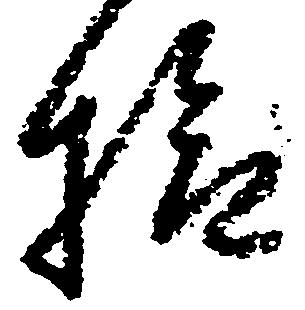
検